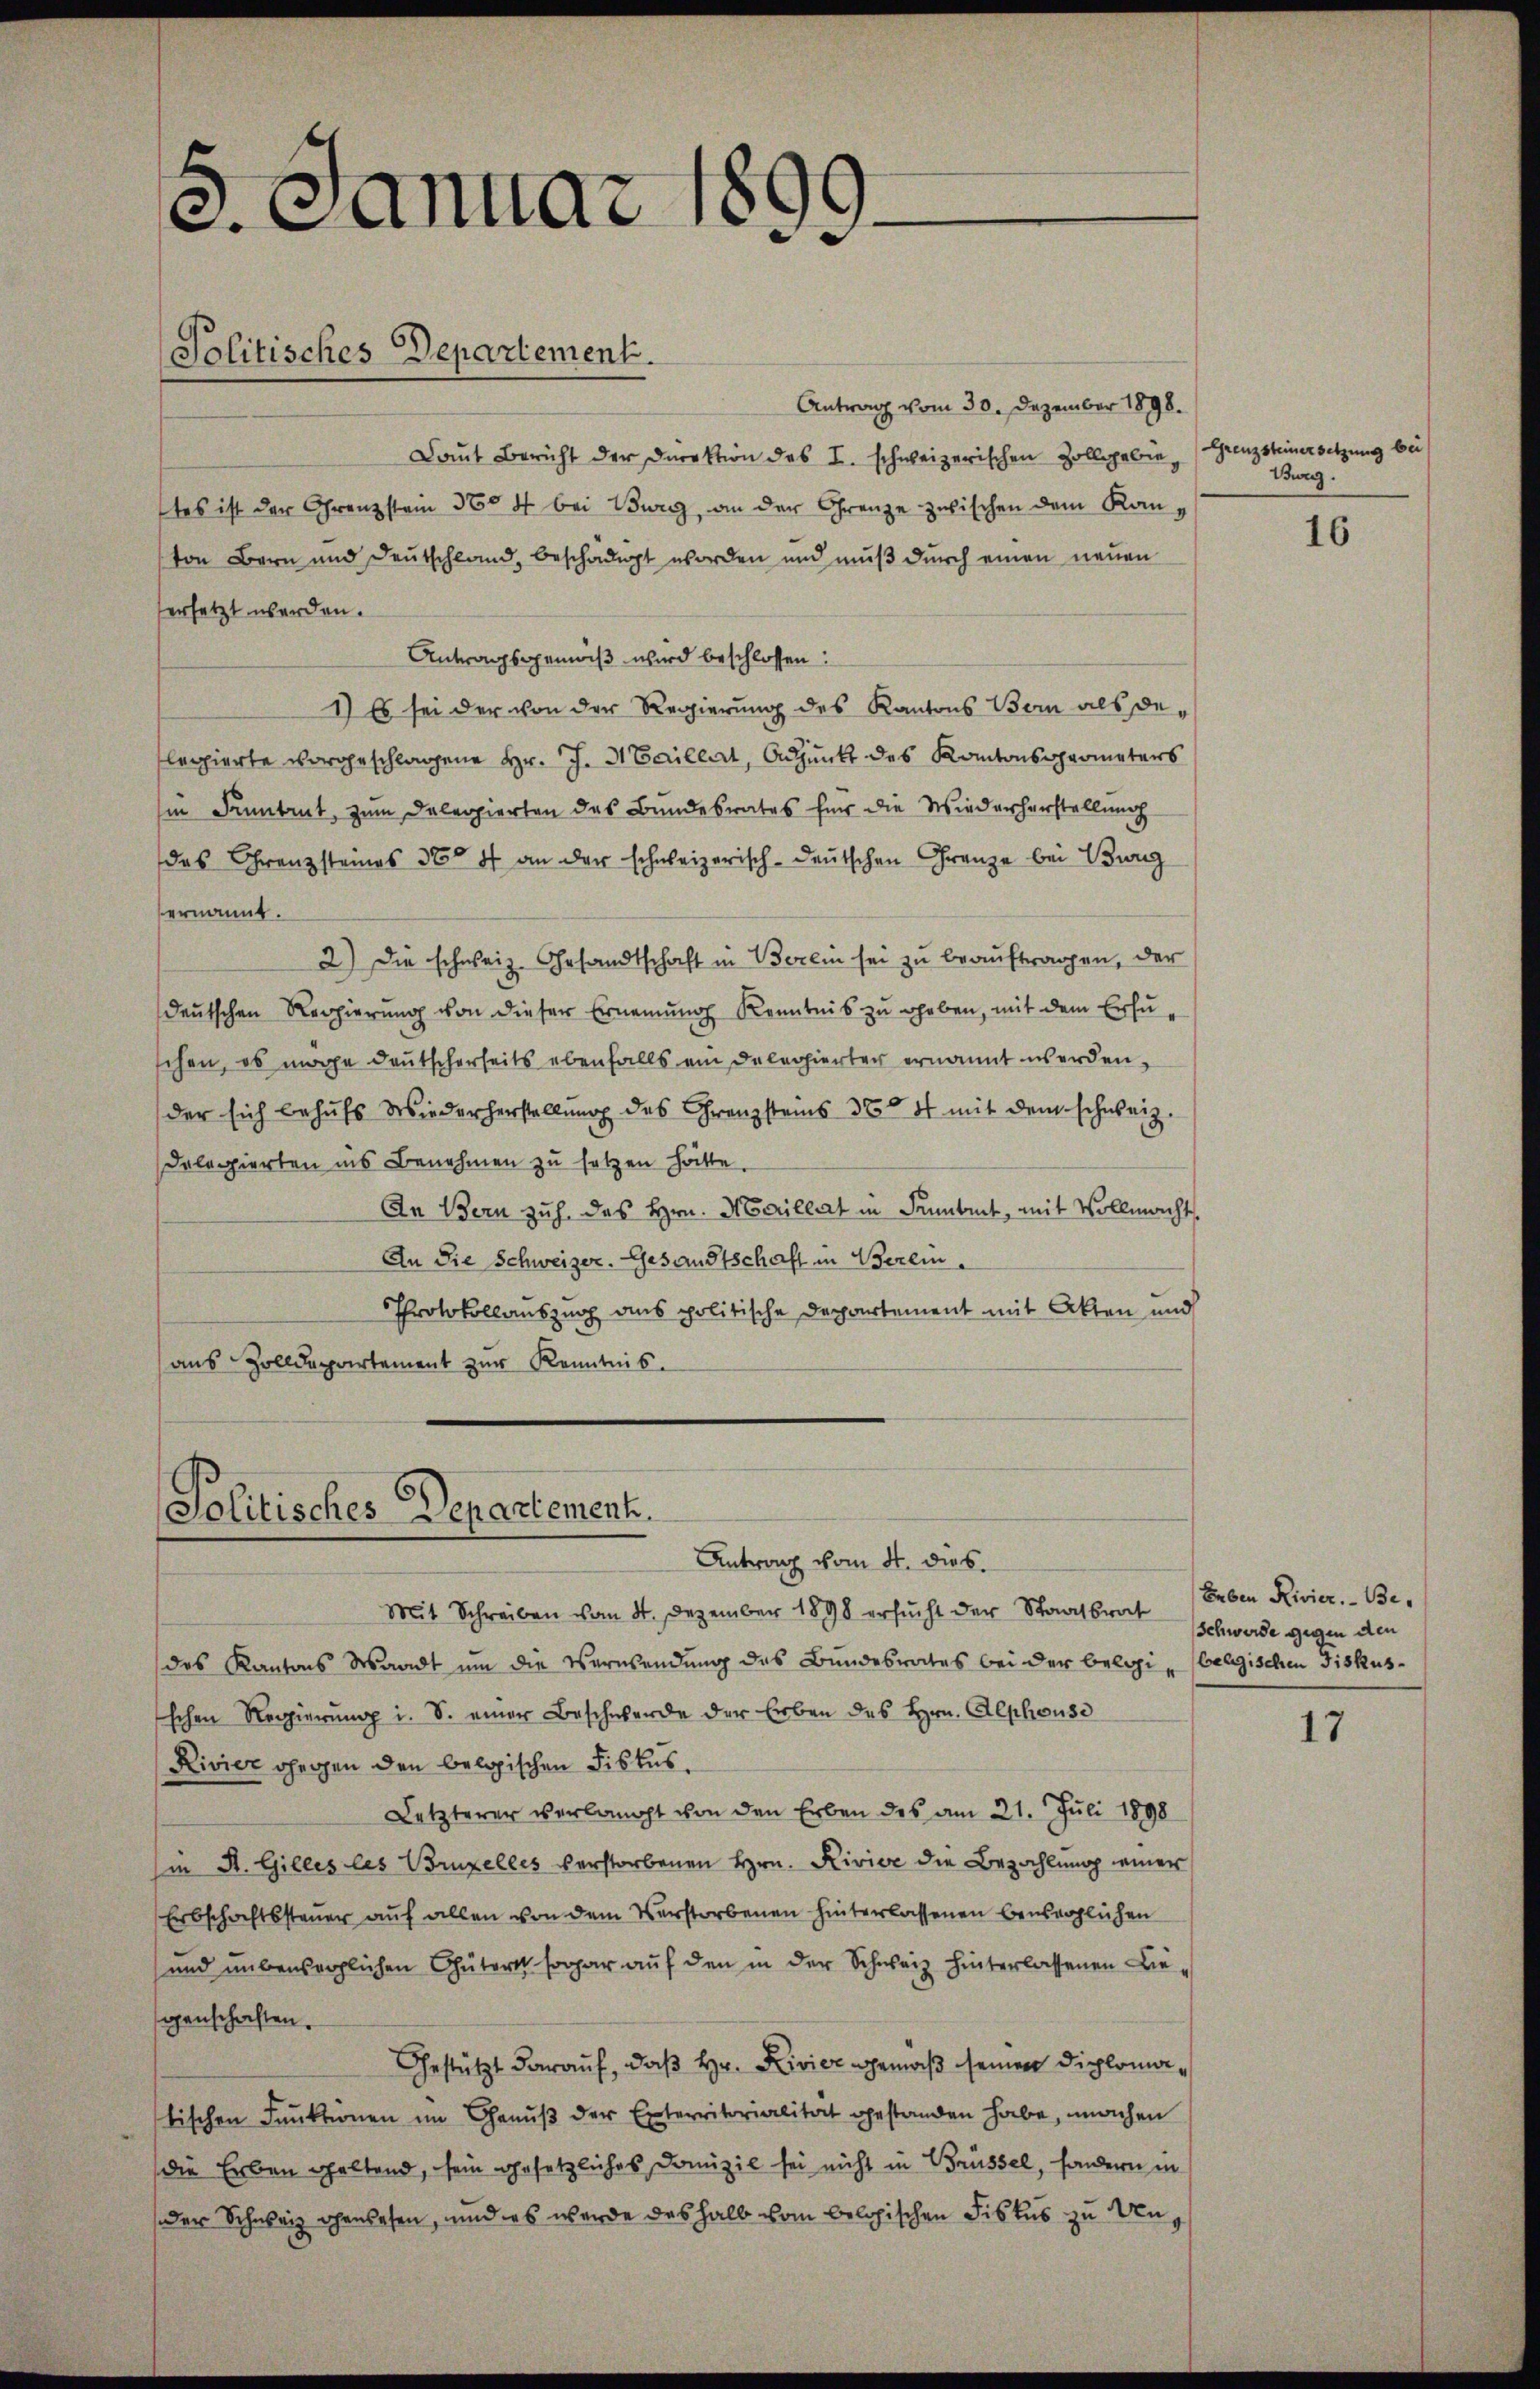
5. Januar 1899.
Politisches Departement.

Antrag vom 30. Dezember 1898.
Daut Bericht der Direktion des I. schweizerischen Zollegalie, (Grenzsteinersetzung bei
tes ist der Grenzstein 3504 bei Burg, an der Grenze zwischen dem Kanton Bern und Deutschland, beschädigt worden und muß durch einen neuen
ersetzt werden.
Antragsgemäß wird beschlossen:
1) b sei der von der Regierŭng des Kantons Bern als delegierte vorgeschlagene Hr. J. Maillat, Adjunkt des Kantonsgrometers
Ein Sintrut, zum Delegierten des Bundesrates für die Wiederherstellung
das Grenzsteines 300 f an der schweizerisch-deutschen Grenze bei Burg
ernannt.
2.) Die schweiz. Gesandtschaft in Berein sei zu beauftragen, der
deutschen Regierung von dieser Ernennung Kenntnis zu heben, mit dem Ersuschen, es möge deutscherseits ebenfalls ein Delegierter ernannt werden,
der sich behufs Wiederherstellung des Grenzsteins 300 4 mit dem schweiz.
Delegierten ins Benehmen zu setzen hätte.
An Bern zuh. des Hrn. Marillat in Sentirt, mit Vollmacht
An die Schweizer. Gesandtschaft in Berein.
Protokollauszug aus politische Departement mit Akten und
aus Zolldepartement zur Kenntnis.

Politisches Departement.

Antrag vom 4. dies.
Mit Schreiben vom 4. Dezember 1898 ersucht der Staatsrat
des Kantons Waadt um die Verwendung des Bundesrates bei der belei (belgischen Fiskusschen Regierŭng i. S. einer Beschwerde der Erben des Hrn. Alphouse
Rivier gegen den belgischen Fiskus.
Letzterer verlangt von den Erben des am 21. Juli 1898
Ein St. Gilles les Brupelles verstorbenen Hrn. Rivise die Bezahlung einer
Erbschaftssteuer auf allen von dem Verstorbenen hinterlassenen beweglichen
und unbeweglichen Güterst sogar auf den in der Schweiz hinterlassenen Liegenschaften.
Gestützt darauf, daß Hr. Rivier gemäß seinen Diplomatischen Funktionen im Genuß der Enterritorialität gestanden habe, machen
die Erben geltend, sein gesetzliches Domizil sei nicht in Brüssel, sondern in
oder Schweiz ohenlesen, und es werde deshalb vom belogischen Fiskus zu Un¬

Burg.

16

Leben Rivier. - Be¬
Schwerde gegen den

17